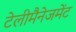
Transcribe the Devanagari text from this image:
टेलीमैनेजमेंट